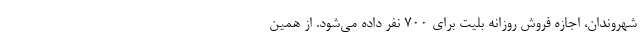
شهروندان، اجازه فروش روزانه بلیت برای ۷۰۰ نفر داده می‌شود. از همین